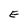
Character: E